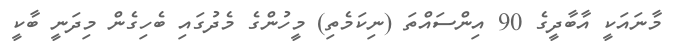
މާނައަކީ އާބާދީގެ 90 އިންސައްތަ (ނިކަމެތި) މީހުންގެ މެދުގައި ބެހިގެން މިދަނީ ބާކީ